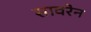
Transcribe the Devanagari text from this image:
सावरेन